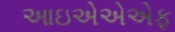
આઇએએએફ